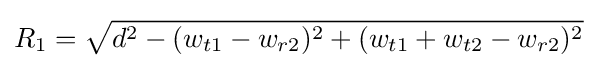
R_{1}={\sqrt {d^{2}-(w_{t1}-w_{r2})^{2}+(w_{t1}+w_{t2}-w_{r2})^{2}}}